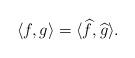
LaTeX: \begin{align*}\langle f, g \rangle = \langle \widehat{f}, \widehat{g} \rangle.\end{align*}